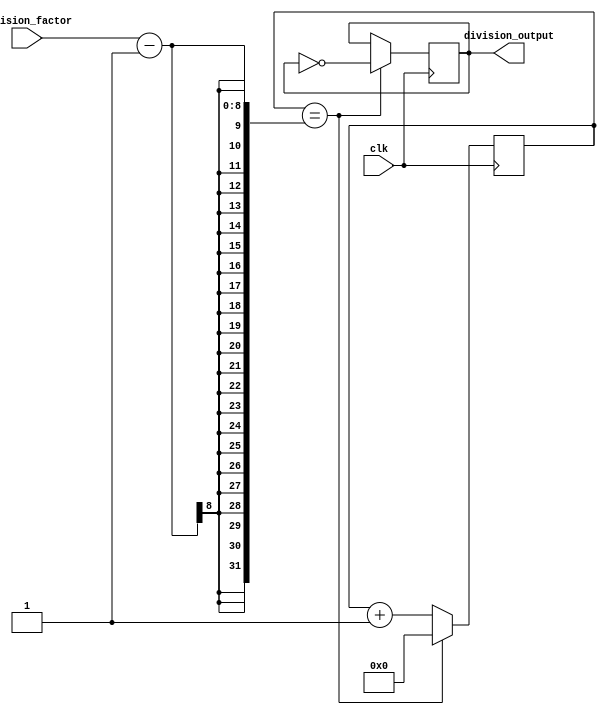
module clock_divider (
    input clk,  // Input clock signal
    input [7:0] division_factor, // Binary division factor
    output reg division_output // Output binary division of input clock signal
);

reg [7:0] counter; // Counter to keep track of number of clock cycles

always @ (posedge clk) begin
    if (counter == division_factor - 1) begin
        division_output <= ~division_output; // Toggle output at desired division frequency
        counter <= 0; // Reset counter
    end else begin
        counter <= counter + 1; // Increment counter
    end
end

endmodule